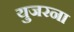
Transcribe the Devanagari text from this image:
युजरना